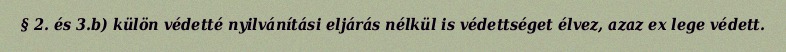
§ 2. és 3.b) külön védetté nyilvánítási eljárás nélkül is védettséget élvez, azaz ex lege védett.